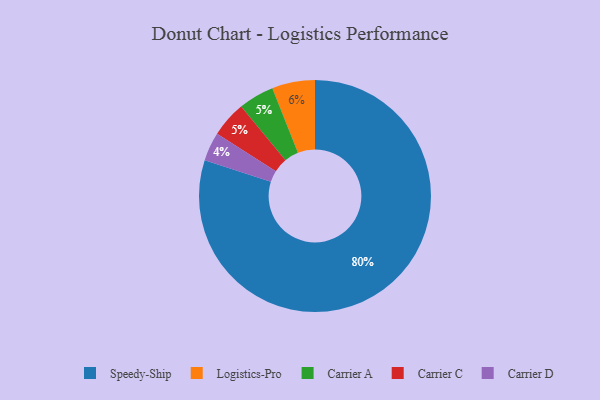
{"axis": {"x": "Category", "y": "Percentage"}, "legend": ["Carrier A", "Carrier C", "Carrier D", "Logistics-Pro", "Speedy-Ship"], "data": [{"x": "Logistics-Pro", "y": 6, "type": "Logistics-Pro"}, {"x": "Carrier A", "y": 5, "type": "Carrier A"}, {"x": "Carrier D", "y": 4, "type": "Carrier D"}, {"x": "Speedy-Ship", "y": 80, "type": "Speedy-Ship"}, {"x": "Carrier C", "y": 5, "type": "Carrier C"}]}